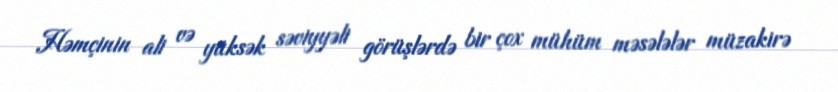
Həmçinin ali və yüksək səviyyəli görüşlərdə bir çox mühüm məsələlər müzakirə